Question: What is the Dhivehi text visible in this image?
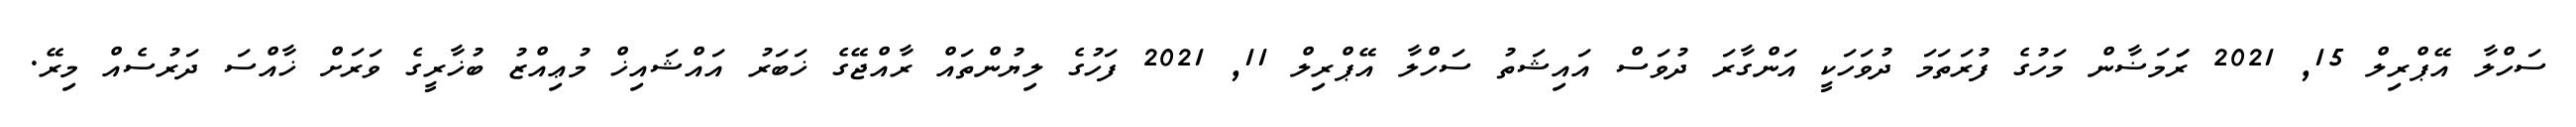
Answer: ސަހްލާ އޭޕްރިލް 15, 2021 ރަަމަޟާން މަހުގެ ފުރަތަމަ ދުވަހަކީ އަންގާރަ ދުވަސް އައިޝަތު ސަހްލާ އޭޕްރިލް 11, 2021 ފަހުގެ ލިޔުންތައް ރާއްޖޭގެ ޚަބަރު އައްޝައިޚް މުޢިއްޒު ބުޚާރީގެ ވަރަށް ޚާއްސަ ދަރުސެއް މިރޭ.